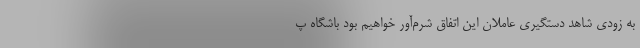
به زودی شاهد دستگیری عاملان این اتفاق شرم‌آور خواهیم بود باشگاه پ